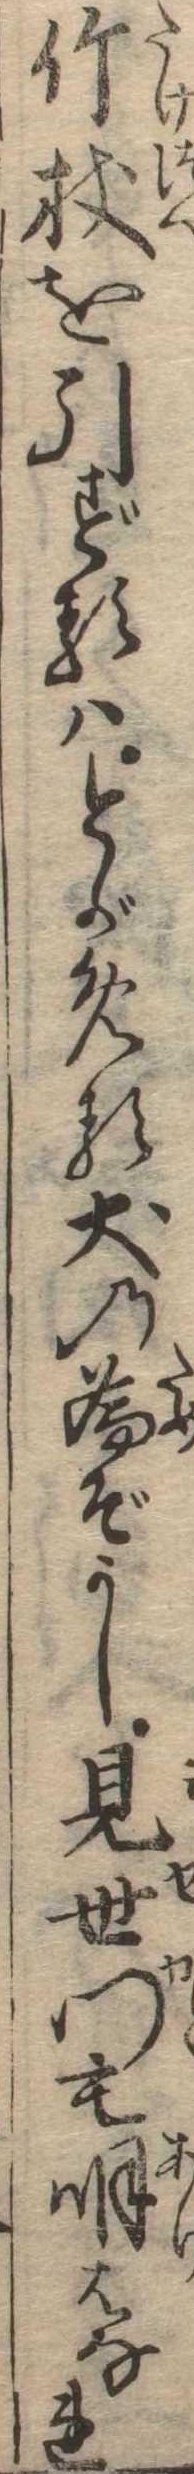
竹杖を引ずるはとがめる犬の為ぞかし見世門も明はなれ